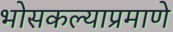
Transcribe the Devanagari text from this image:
भोसकल्याप्रमाणे